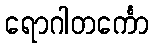
ရောဂါတင်္ကော